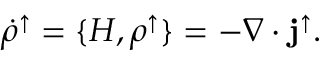
\dot { \rho } ^ { \uparrow } = \{ H , \rho ^ { \uparrow } \} = - \nabla \cdot { \bf j } ^ { \uparrow } .